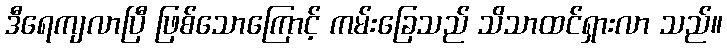
ဒီရေကျလာပြီ ဖြစ်သောကြောင့် ကမ်းခြေသည် သိသာထင်ရှားလာ သည်။